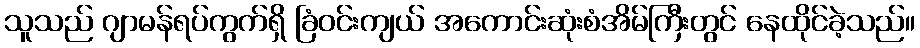
သူသည် ဂျာမန်ရပ်ကွက်ရှိ ခြံဝင်းကျယ် အကောင်းဆုံးစံအိမ်ကြီးတွင် နေထိုင်ခဲ့သည်။